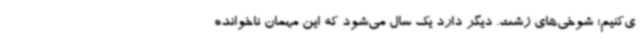
ی‌کنیم؛ شوخی‌های زشت. دیگر دارد یک سال می‌شود که این مهمان ناخوانده